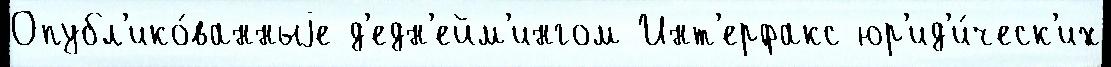
Опубл'ико́ванныjе д'едн'ейм'ингом Инт'ерфакс юр'ид'и́ческ'их